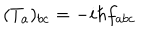
( T _ { a } ) _ { b c } = - i \hbar f _ { a b c }